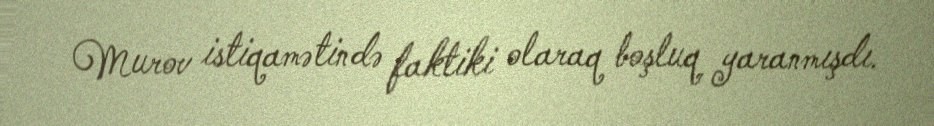
Murov istiqamətində faktiki olaraq boşluq yaranmışdı.